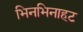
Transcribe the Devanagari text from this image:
भिनभिनाहट